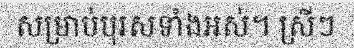
សម្រាប់បុរសទាំងអស់។ ស្រីៗ